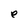
Character: e